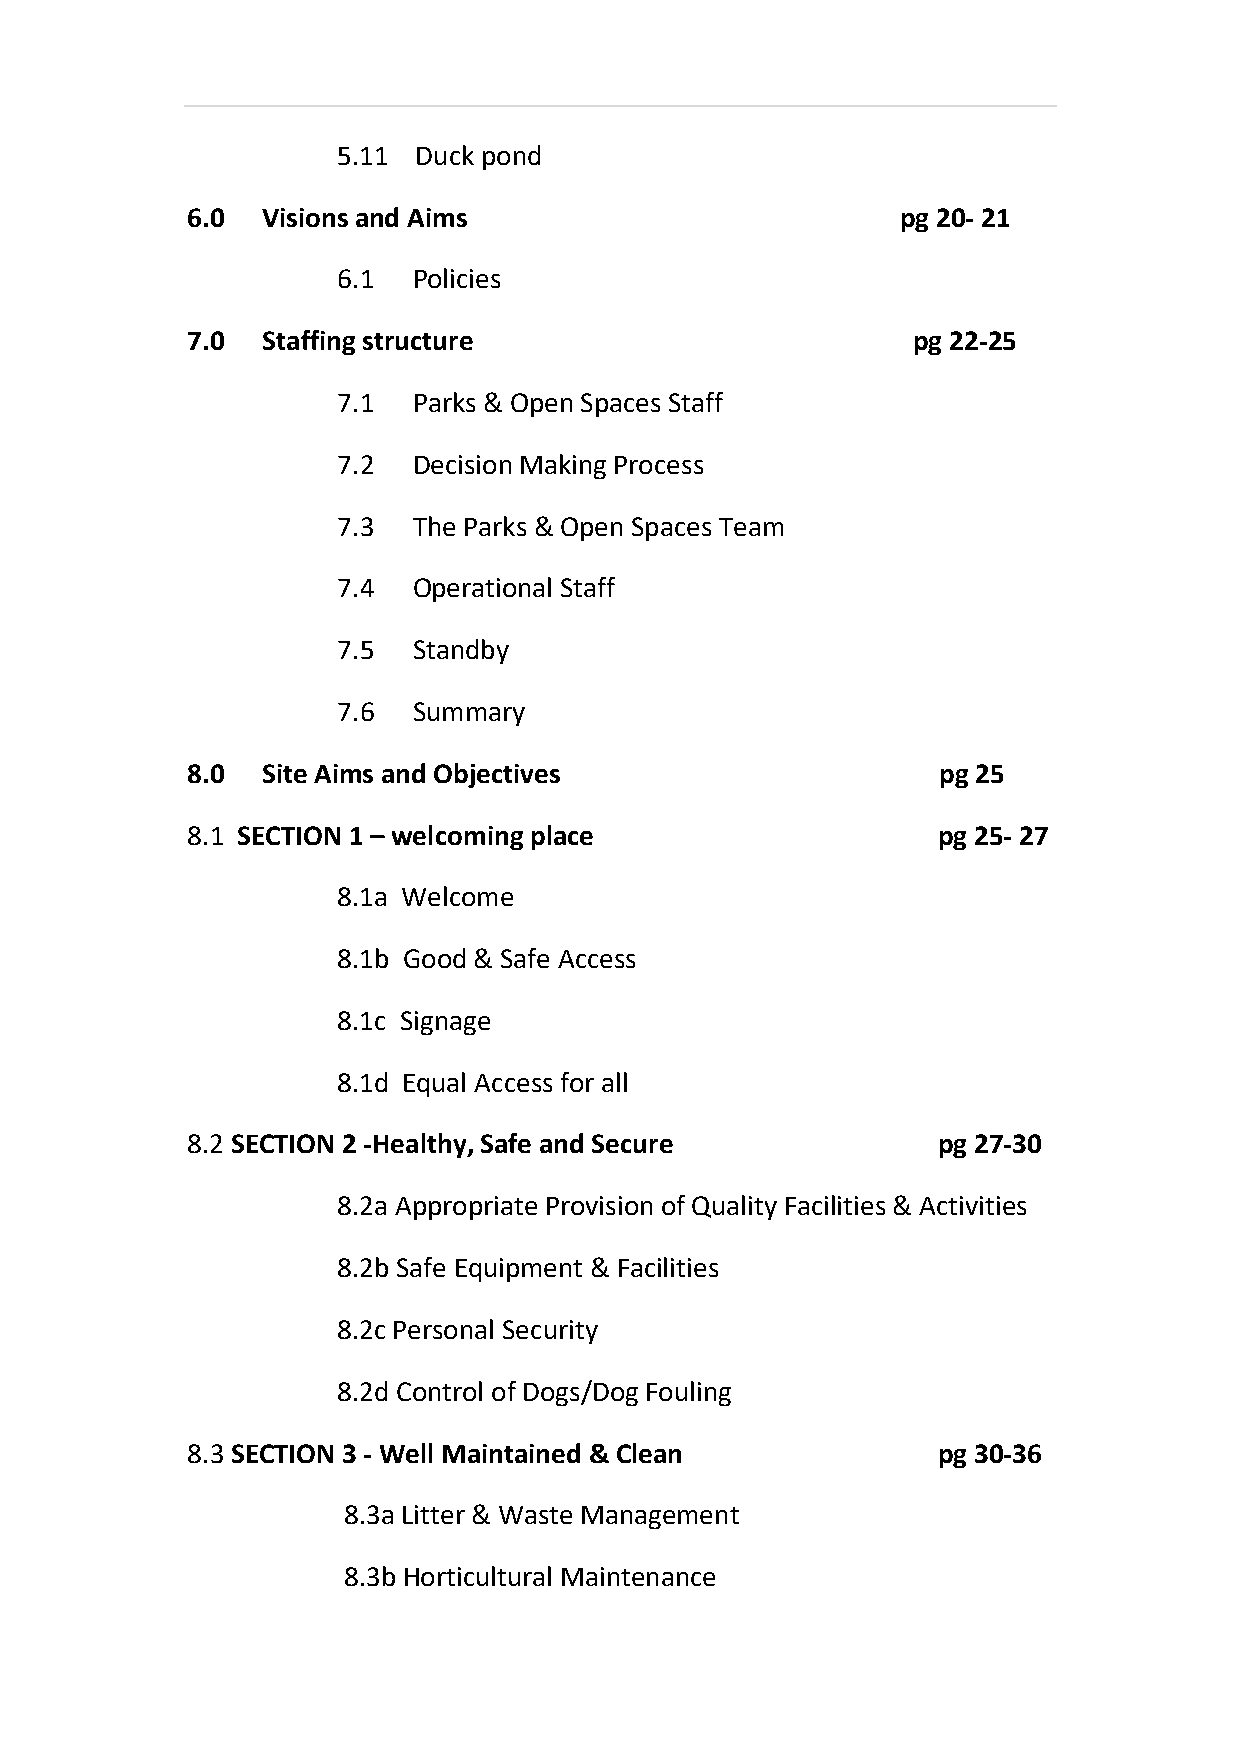
5.11 Duck pond
 6.0  Visions and Aims                           pg 20- 21
 6.1  Policies
 7.0  Staffing structure                         pg 22-25
 7.1  Parks & Open Spaces Staff
 7.2  Decision Making Process
 7.3  The Parks & Open Spaces Team
 7.4  Operational Staff
 7.5  Standby
 7.6  Summary
 8.0  Site Aims and Objectives                     pg 25
 8.1 SECTION 1 – welcoming place                   pg 25- 27
 8.1a Welcome
 8.1b Good & Safe Access
 8.1c Signage
 8.1d Equal Access for all
 8.2 SECTION 2 -Healthy, Safe and Secure           pg 27-30
 8.2a Appropriate Provision of Quality Facilities & Activities
 8.2b Safe Equipment & Facilities
 8.2c Personal Security
 8.2d Control of Dogs/Dog Fouling
 8.3 SECTION 3 - Well Maintained & Clean           pg 30-36
 8.3a Litter & Waste Management
 8.3b Horticultural Maintenance